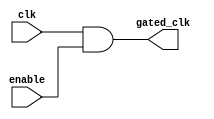
module clock_gating_cell (
    input wire clk,          // Original clock signal
    input wire enable,       // Clock gating control signal
    output wire gated_clk    // Gated clock signal
);
    assign gated_clk = clk & enable; // Gated clock output
endmodule